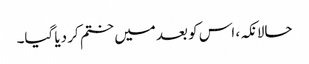
حالانکہ، اس کو بعد میں ختم کر دیا گیا۔